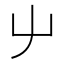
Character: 䶹